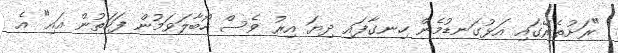
"ރަށުތެރޭގައި އަޅުގަނޑުމެން ހިނގާފައި ދިޔަ އިރު ވެސް ހޯބާލަވަމުން ފަހަތުން އައި" އެ